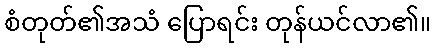
စံတုတ်၏အသံ ပြောရင်း တုန်ယင်လာ၏။